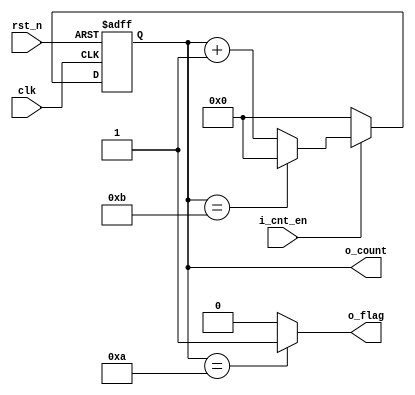
//------------------------------------------------------------------------------
// Title       : aes_round_counter
// Project     : AES Encruption
//------------------------------------------------------------------------------
// Company     : PaklogicTechs
// Last update : Sun Mar 14 16:57:48 2021
// Platform    : Default Part Number
// Standard    : <VHDL-2008 | VHDL-2002 | VHDL-1993 | VHDL-1987>
//------------------------------------------------------------------------------
// Copyright (c) 2021  PaklogicTechs Semiconductor
//-----------------------------------------------------------------------------
// Description:
//------------------------------------------------------------------------------
// Revisions:  Revisions and documentation are controlled by
// the revision control system (RCS).  The RCS should be consulted
// on revision history.
//-----------------------------------------------------------------------------

module aes_round_counter #(parameter
  MAX_CNT  = 11,
  CNT_SIZE = 4
) (
  // inputs
  input                     clk     ,
  input                     rst_n   ,
  input                     i_cnt_en,
  output                 o_flag  ,
  output reg    [CNT_SIZE-1:0] o_count
);

  always @(posedge clk or negedge rst_n) begin
    if(~rst_n) begin
      o_count <= {CNT_SIZE{1'b0}};
    end else begin
      if(i_cnt_en) begin
        if (o_count==MAX_CNT) begin
          o_count <= 'h0;
        end
        else begin
          o_count <= o_count + 1;
        end
      end
      else
        o_count <= 'h0;
    end
  end
  assign o_flag = (o_count=='ha) ? 1'b1: 1'b0 ;
endmodule